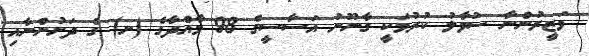
ވަޒީރުންނާ ސުވާލު ކުރުމަކީ ގާނޫނު އަސާސީގެ 98 މާއްދާގެ (ށ) ގެ ދަށުންނާއި